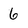
Character: 6